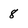
Character: 8